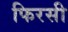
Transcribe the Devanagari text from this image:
फिरसी